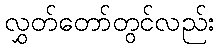
လွှတ်တော်တွင်လည်း